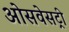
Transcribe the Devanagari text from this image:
ओसवेसट्री